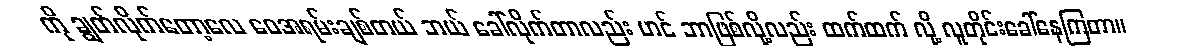
ကို ချွတ်လိုက်တော့လေ ဝေအရမ်းချစ်တယ် ဘယ် ခေါ်လိုက်တာလည်း ဟင် ဘာဖြစ်လို့လည်း ထက်ထက် လို့ လူတိုင်းခေါ်နေကြတာ။